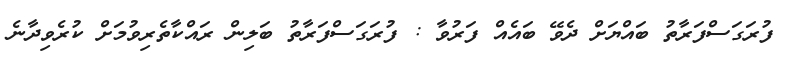
ފުރަގަސްފަރާތު ބައްޔަށް ދެވޭ ބައެއް ފަރުވާ : ފުރަގަސްފަރާތު ބަލިން ރައްކާތެރިވުމަށް ކުރެވިދާނެ